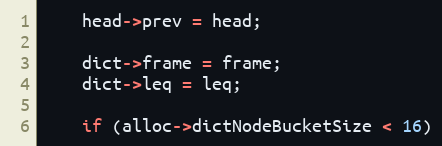
Language: C
	head->prev = head;

	dict->frame = frame;
	dict->leq = leq;

	if (alloc->dictNodeBucketSize < 16)